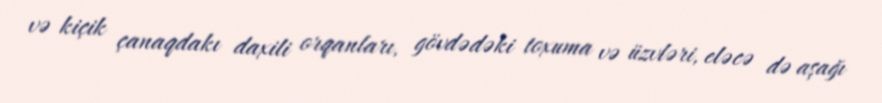
və kiçik çanaqdakı daxili orqanları, gövdədəki toxuma və üzvləri, eləcə də aşağı